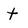
Character: t